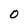
Character: 0